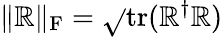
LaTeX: \| \mathbb{R}\| _{\mathrm{{F}}}=\sqrt{}{{\mathrm{{tr}}(\mathbb{R}^{\dagger}\mathbb{R})}}